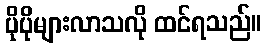
ပိုပိုများလာသလို ထင်ရသည်။